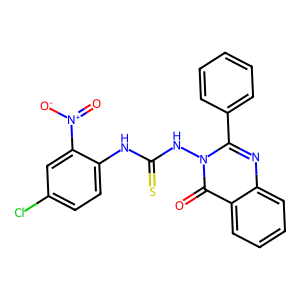
SMILES: O=c1c2ccccc2nc(-c2ccccc2)n1NC(=S)Nc1ccc(Cl)cc1[N+](=O)[O-]
Inhibits HIV replication: No